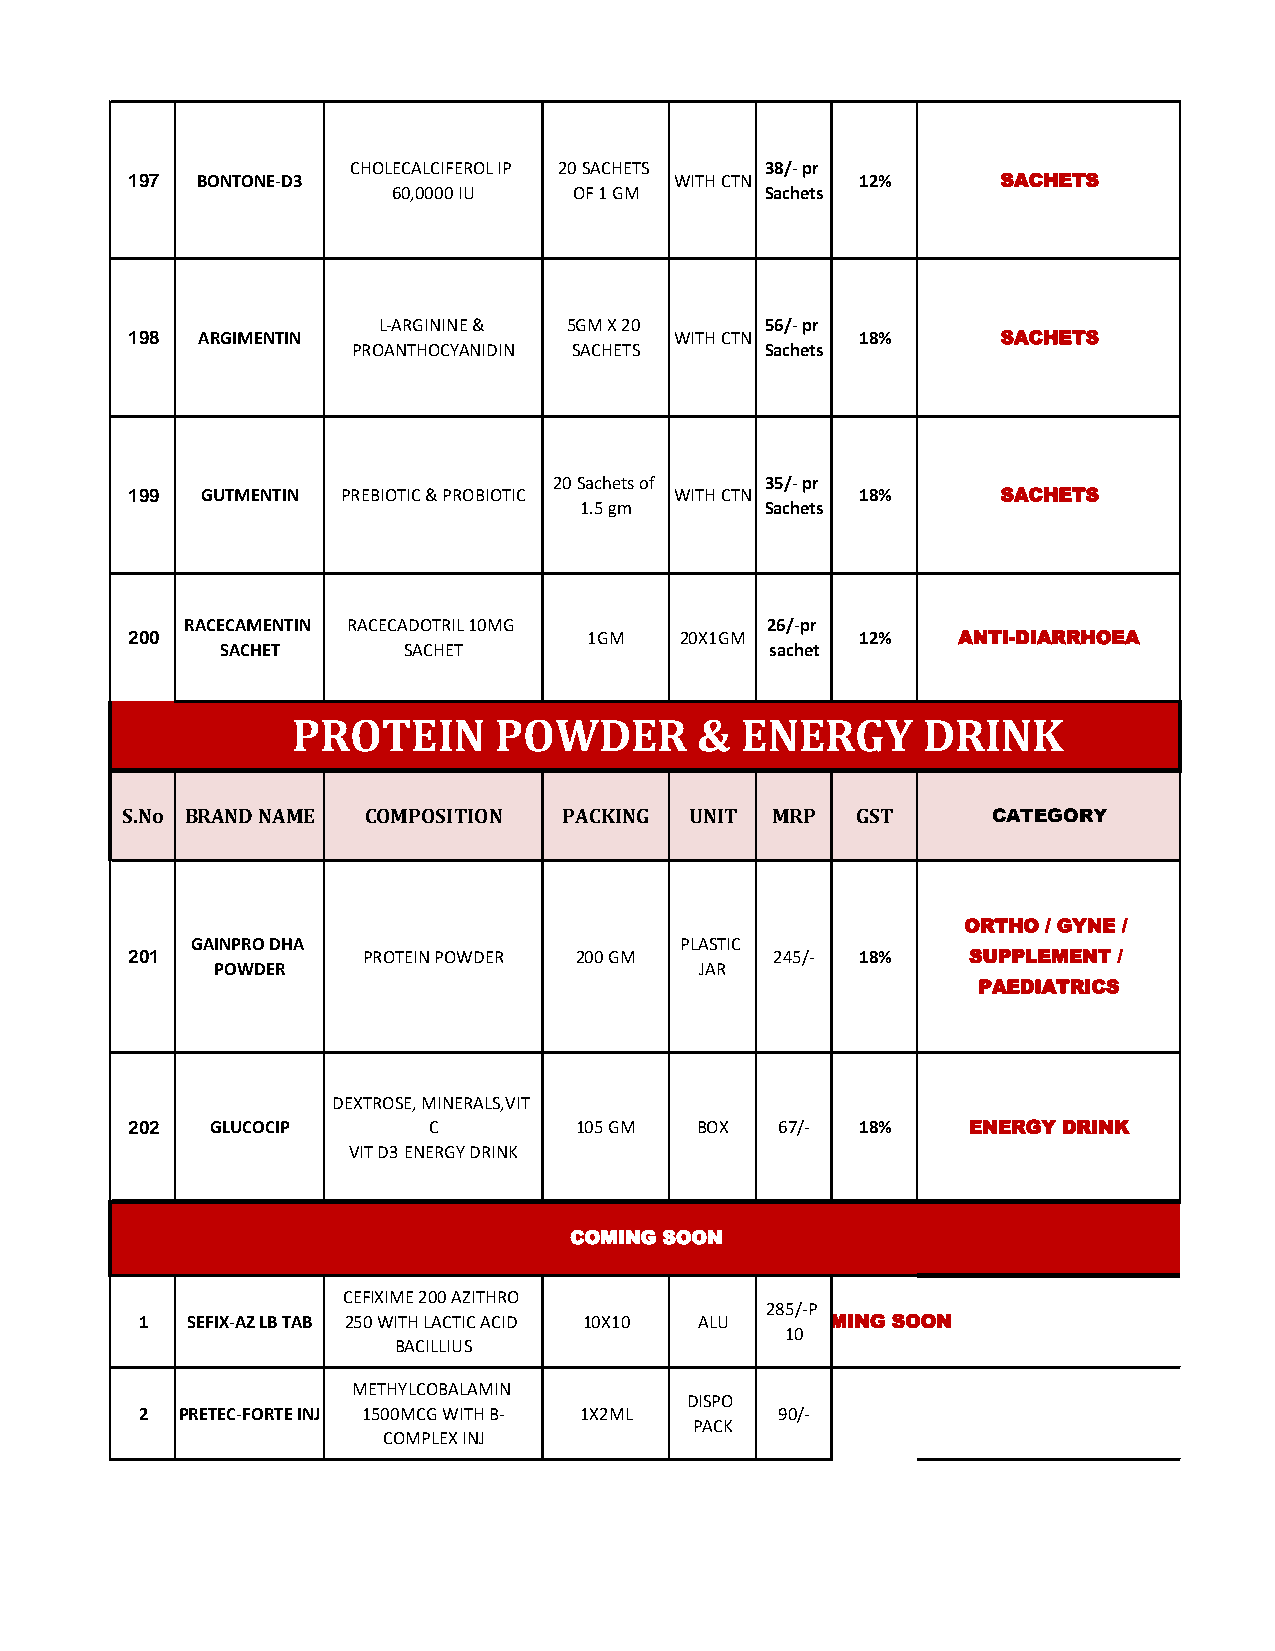
CHOLECALCIFEROL IP 20 SACHETS 38/- pr
 197  BONTONE-D3                      WITH CTN    12%      SACHETS
 60,0000 IU  OF 1 GM      Sachets
 L-ARGININE & 5GM X 20     56/- pr
 198  ARGIMENTIN                      WITH CTN    18%      SACHETS
 PROANTHOCYANIDIN SACHETS    Sachets
 20 Sachets of 35/- pr
 199  GUTMENTIN PREBIOTIC & PROBIOTIC WITH CTN    18%      SACHETS
 1.5 gm       Sachets
 RACECAMENTIN RACECADOTRIL 10MG         26/-pr
 200                            1GM   20X1GM      12%   ANTI-DIARRHOEA
 SACHET      SACHET                  sachet
 PROTEIN       POWDER       &  ENERGY      DRINK
 S.No BRAND NAME COMPOSITION  PACKING  UNIT MRP   GST      CATEGORY
 ORTHO / GYNE /
 GAINPRO DHA                     PLASTIC
 201             PROTEIN POWDER 200 GM      245/- 18%    SUPPLEMENT /
 POWDER                          JAR
 PAEDIATRICS
 DEXTROSE, MINERALS,VIT
 202   GLUCOCIP      C         105 GM  BOX   67/- 18%    ENERGY DRINK
 VIT D3 ENERGY DRINK
 COMING SOON
 CEFIXIME 200 AZITHRO
 285/-P
 1  SEFIX-AZ LB TAB 250 WITH LACTIC ACID 10X10 ALU COMING SOON
 10
 BACILLIUS
 METHYLCOBALAMIN
 DISPO
 2  PRETEC-FORTE INJ 1500MCG WITH B- 1X2ML  90/-
 PACK
 COMPLEX INJ